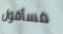
فسأقول